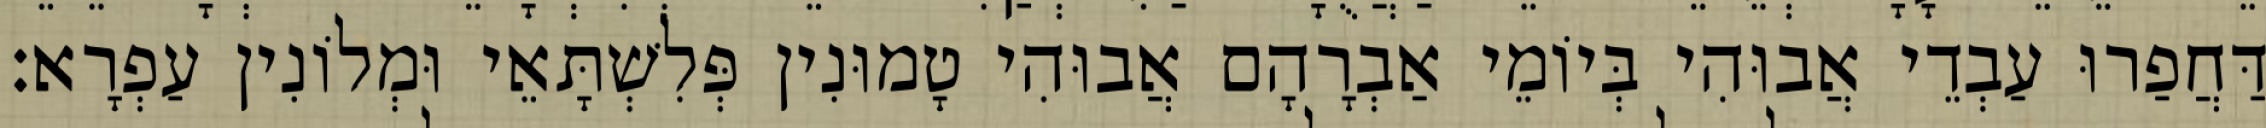
דַּחֲפַרוּ עַבְדֵי אֲבוּהִי בְּיוֹמֵי אַבְרָהָם אֲבוּהִי טָמוּנִין פְּלִשְׁתָּאֵי וּמְלוֹנִין עַפְרָא׃